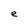
Character: e